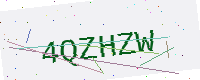
Text: 4QZHZW